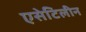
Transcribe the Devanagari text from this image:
एसेटिलीन